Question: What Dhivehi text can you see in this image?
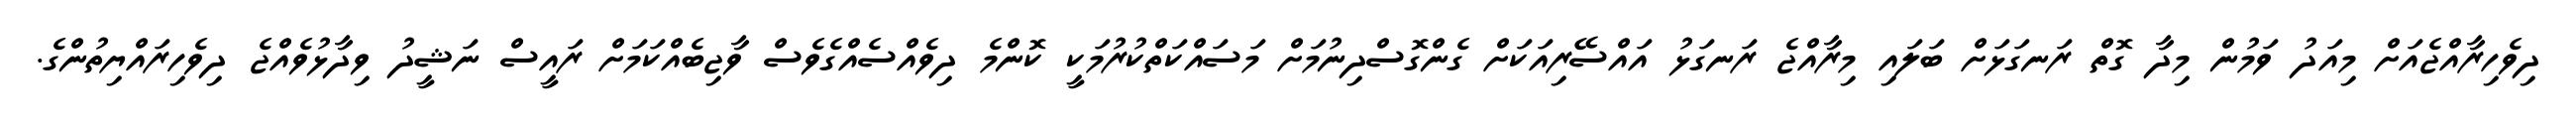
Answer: ދިވެހިރާއްޖެއަށް މިއަދު ވަމުން މިދާ ގޮތް ރަނގަޅަށް ބަލައި މިރާއްޖެ ރަނގަޅު އައްސޭރިއަކަށް ގެންގޮސްދިނުމަށް މަސައްކަތްކުރުމަކީ ކޮންމެ ދިވެއްސެއްގެވެސް ވާޖިބެއްކަމަށް ރައީސް ނަޝީދު ވިދާޅުވެއްޖެ ދިވެހިރައްޔިތުންގެ.